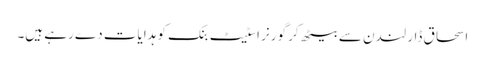
اسحاق ڈار لندن سے بیٹھ کر گورنر اسٹیٹ بنک کو ہدایات دے رہے ہیں۔